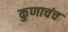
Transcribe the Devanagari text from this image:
कुणाचंच